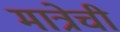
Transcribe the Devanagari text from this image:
मात्रेची